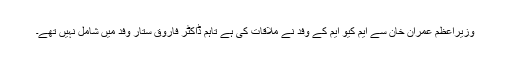
وزیراعظم عمران خان سے ایم کیو ایم کے وفد نے ملاقات کی ہے تاہم ڈاکٹر فاروق ستار وفد میں شامل نہیں تھے۔